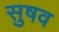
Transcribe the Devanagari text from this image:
सुषव